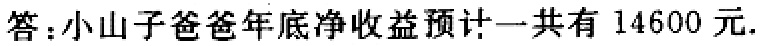
答：小山子爸爸年底净收益预计一共有 14600 元.